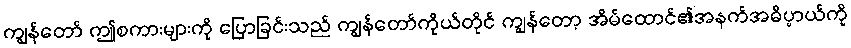
ကျွန်တော် ဤစကားများကို ပြောခြင်းသည် ကျွန်တော်ကိုယ်တိုင် ကျွန်တော့ အိမ်ထောင်၏အနက်အဓိပ္ပာယ်ကို